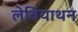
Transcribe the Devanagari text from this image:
लेवियाथन